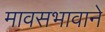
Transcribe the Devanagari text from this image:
मावसभावाने